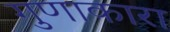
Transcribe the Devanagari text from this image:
गुणाकारा